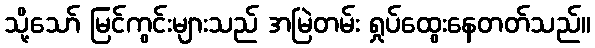
သို့သော် မြင်ကွင်းများသည် အမြဲတမ်း ရှုပ်ထွေးနေတတ်သည်။